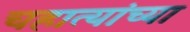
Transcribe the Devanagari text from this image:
चहात्यांच्या